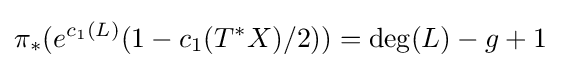
\pi _{*}(e^{c_{1}(L)}(1-c_{1}(T^{*}X)/2))=\operatorname {deg} (L)-g+1